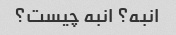
انبه؟ انبه چیست؟